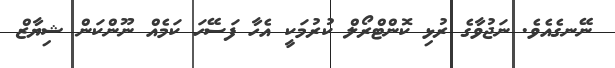
ނޭނގެއެވެ. ނަޖުވާގެ ރުޅި ކޮންޓްރޯލް ކުރުމަކީ އެހާ ފަސޭހަ ކަމެއް ނޫންކަން ޝިޔާޒް